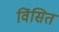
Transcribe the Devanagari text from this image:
विंसित